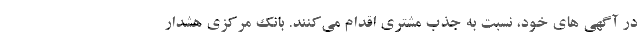
در آگهی های خود، نسبت به جذب مشتری اقدام می‌کنند. بانک مرکزی هشدار